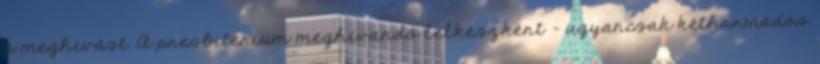
a meghívást. A presbitérium meghívandó lelkészként – ugyancsak kétharmados